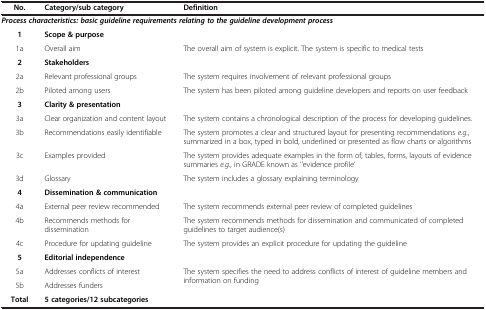
<table><thead><tr><td><b>No.</b></td><td><b>Category/sub category</b></td><td><b>Definition</b></td></tr></thead><tbody><tr><td colspan="3"><b><i>Process characteristics: basic guideline requirements relating to the guideline development process</i></b></td></tr><tr><td><b>1</b></td><td><b>Scope &amp; purpose</b></td><td> </td></tr><tr><td>1a</td><td>Overall aim</td><td>The overall aim of system is explicit. The system is specific to medical tests</td></tr><tr><td><b>2</b></td><td><b>Stakeholders</b></td><td> </td></tr><tr><td>2a</td><td>Relevant professional groups</td><td>The system requires involvement of relevant professional groups</td></tr><tr><td>2b</td><td>Piloted among users</td><td>The system has been piloted among guideline developers and reports on user feedback</td></tr><tr><td><b>3</b></td><td><b>Clarity &amp; presentation</b></td><td> </td></tr><tr><td>3a</td><td>Clear organization and content layout</td><td>The system contains a chronological description of the process for developing guidelines.</td></tr><tr><td>3b</td><td>Recommendations easily identifiable</td><td>The system promotes a clear and structured layout for presenting recommendations <i>e.g.</i>, summarized in a box, typed in bold, underlined or presented as flow charts or algorithms</td></tr><tr><td>3c</td><td>Examples provided</td><td>The system provides adequate examples in the form of, tables, forms, layouts of evidence summaries <i>e.g.</i>, in GRADE known as ‘’evidence profile’</td></tr><tr><td>3d</td><td>Glossary</td><td>The system includes a glossary explaining terminology</td></tr><tr><td><b>4</b></td><td><b>Dissemination &amp; communication</b></td><td> </td></tr><tr><td>4a</td><td>External peer review recommended</td><td>The system recommends external peer review of completed guidelines</td></tr><tr><td>4b</td><td>Recommends methods for dissemination</td><td>The system recommends methods for dissemination and communicated of completed guidelines to target audience(s)</td></tr><tr><td>4c</td><td>Procedure for updating guideline</td><td>The system provides an explicit procedure for updating the guideline</td></tr><tr><td><b>5</b></td><td><b>Editorial independence</b></td><td> </td></tr><tr><td>5a</td><td>Addresses conflicts of interest</td><td rowspan="2">The system specifies the need to address conflicts of interest of guideline members and information on funding</td></tr><tr><td>5b</td><td>Addresses funders</td></tr><tr><td><b>Total</b></td><td><b>5 categories/12 subcategories</b></td><td> </td></tr></tbody></table>